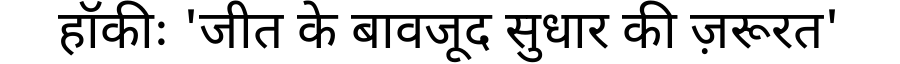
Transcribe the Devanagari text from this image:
हॉकीः 'जीत के बावजूद सुधार की ज़रूरत'